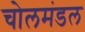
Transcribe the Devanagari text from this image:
चोलमंडल